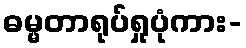
ဓမ္မတာရုပ်ရှုပုံကား-